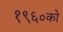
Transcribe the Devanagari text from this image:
१९६०को